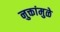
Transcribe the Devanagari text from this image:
नुक्तांमुळे